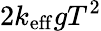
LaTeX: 2k_{\mathrm{eff}}gT^{2}